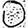
Digit: 0